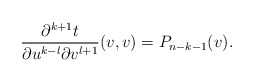
\begin{align*} \frac{\partial^{k+1}t}{\partial u^{k-l}\partial v^{l+1}}(v,v)=P_{n-k-1}(v).\end{align*}